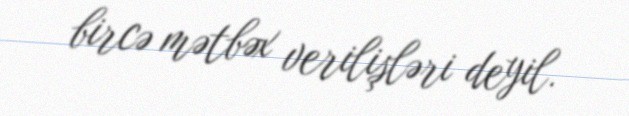
bircə mətbəx verilişləri deyil.